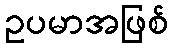
ဥပမာအဖြစ်